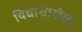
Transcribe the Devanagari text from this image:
विद्याशाखेला